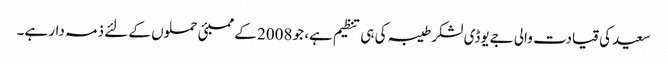
سعید کی قیادت والی جےیوڈی لشکر طیبہ کی ہی تنظیم ہے، جو 2008 کے ممبئی حملوں کے لئے ذمہ دار ہے۔